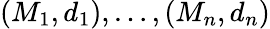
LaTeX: (M_{1},d_{1}),\ldots,(M_{n},d_{n})